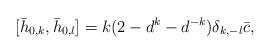
LaTeX: \begin{align*} [\bar{h}_{0,k}, \bar{h}_{0,l}]=k(2-d^k-d^{-k})\delta_{k,-l}\bar{c},\end{align*}